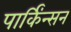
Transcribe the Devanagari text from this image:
पार्किंन्सन